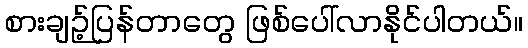
စားချဉ့်ပြန်တာတွေ ဖြစ်ပေါ်လာနိုင်ပါတယ်။